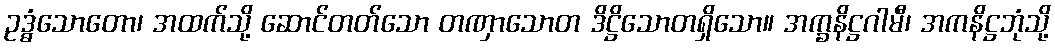
ဥဒ္ဓံသောတော၊ အထက်သို့ ဆောင်တတ်သော တဏှာသောတ ဒိဋ္ဌိသောတရှိသော။ အက္ခနိဋ္ဌဂါမီ၊ အကနိဋ္ဌဘုံသို့